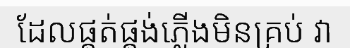
ដែលផ្គត់ផ្គង់ភ្លើងមិនគ្រប់ វា